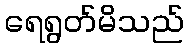
ရေရွတ်မိသည်